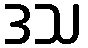
ဒသ